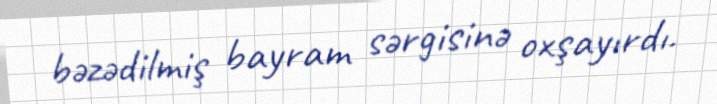
bəzədilmiş bayram sərgisinə oxşayırdı.